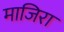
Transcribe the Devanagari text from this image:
माजिरा